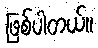
ဖြစ်ပါတယ်။